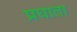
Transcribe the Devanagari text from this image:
प्रघाता